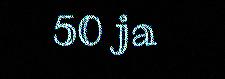
50 ja